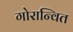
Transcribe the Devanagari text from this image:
गोरान्वित